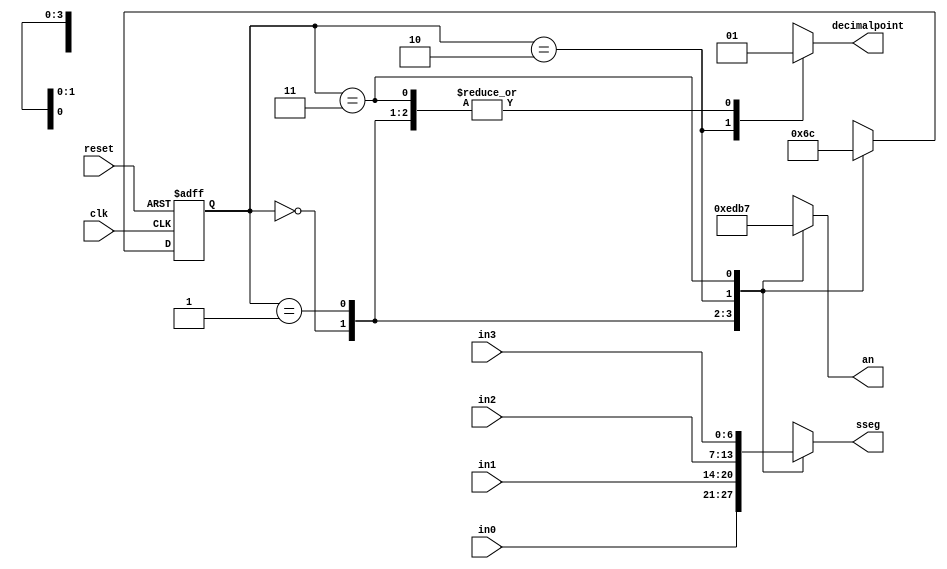
`timescale 1ns / 1ps
module state_machine(
    input clk,
    input reset,
    input [6:0] in0,
    input [6:0] in1,
    input [6:0] in2,
    input [6:0] in3,
    output reg [3:0] an,
    output reg [6:0] sseg,
    output reg decimalpoint
    );
    
    reg [1:0] state;
    reg [1:0] next;
    
    always @ (*) begin
        case(state) //state transition
            2'b00: next = 2'b01;
            2'b01: next = 2'b10;
            2'b10: next = 2'b11;
            2'b11: next = 2'b00;
        endcase
    end
    
    always @ (*) begin
        case(state) // multiplexer
            2'b00: begin 
                sseg = in0;
                decimalpoint = 1;
            end
            2'b01: begin 
                sseg = in1;
                decimalpoint = 1;
            end
            2'b10: begin 
                sseg = in2;
                decimalpoint = 0;
            end
            2'b11: begin 
                sseg = in3;
                decimalpoint = 1;
            end
        endcase
        
        case(state) // decoder (active low)
            2'b00: an = 4'b1110;
            2'b01: an = 4'b1101;
            2'b10: an = 4'b1011;
            2'b11: an = 4'b0111;
        endcase
    end
    
    always @ (posedge clk or posedge reset) begin
        if (reset)
            state <= 2'b00;
        else
            state <= next;
    end
    
        
endmodule